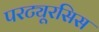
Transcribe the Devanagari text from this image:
परट्यूरसिस